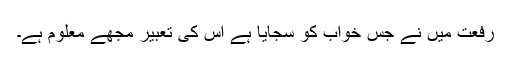
رفعت میں نے جس خواب کو سجایا ہے اس کی تعبیر مجھے معلوم ہے۔